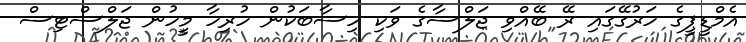
އެމްޑީޕީގެ ހަރުގޭގައި ރޭ ބޭއްވި ޖަލްސާގެ ވަކި ހިސާބަކުން ހުރިހާ މީހުން ޖަލްސްޓިސް